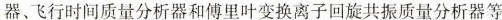
器、飞行时间质量分析器和傅里叶变换离子回旋共振质量分析器等